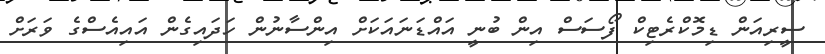
ސީރިއަން ޑިމޮކްރެޓިކް ފޯސަސް އިން ބުނީ އައްޑަނައަކަށް އިންސާނުން ހަދައިގެން އައިއެސްގެ ވަރަށް